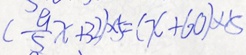
( \frac { a } { 5 } x + 3 2 ) \times 5 = ( x + 6 0 ) \times 5